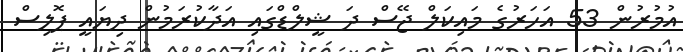
އުމުރުން 53 އަހަރުގެ މައިކަލް ޖޭސް ދަ ޝީލްޑްގައި އަދާކުރަމުން ދިޔައީ ޕޮލިސް